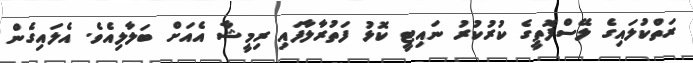
ރަތްކުލައިގެ ލޭސްފޮތީގެ ކުރުކުރު ނައިޓީ ކޮޅު ފަތުރާލާފައި ރިމީޝާ އެއަށް ބަލާލިއެވެ. އެލައިގެން